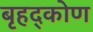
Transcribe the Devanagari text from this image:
बृहद्कोण